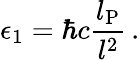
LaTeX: \epsilon_{1}=\hbar c\frac{l_{\mathrm{P}}}{l^{2}}\, .